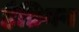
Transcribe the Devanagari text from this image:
हैन्निगन